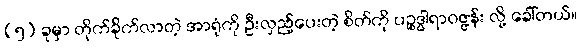
(၅) ခုမှာ တိုက်ခိုက်လာတဲ့ အာရုံကို ဦးလှည့်ပေးတဲ့ စိတ်ကို ပဉ္စဒွါရာဝဇ္ဇန်း လို့ ခေါ်တယ်။